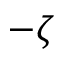
- \zeta